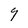
Character: 9